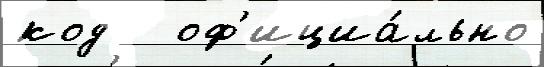
код   оф'ициа́льно